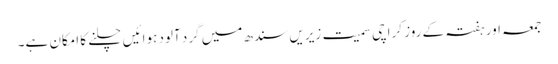
جمعہ اور ہفتہ کے روز کراچی سمیت زیریں سندھ میں گرد آلود ہوائیں چلنے کا امکان ہے۔